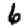
Digit: 6